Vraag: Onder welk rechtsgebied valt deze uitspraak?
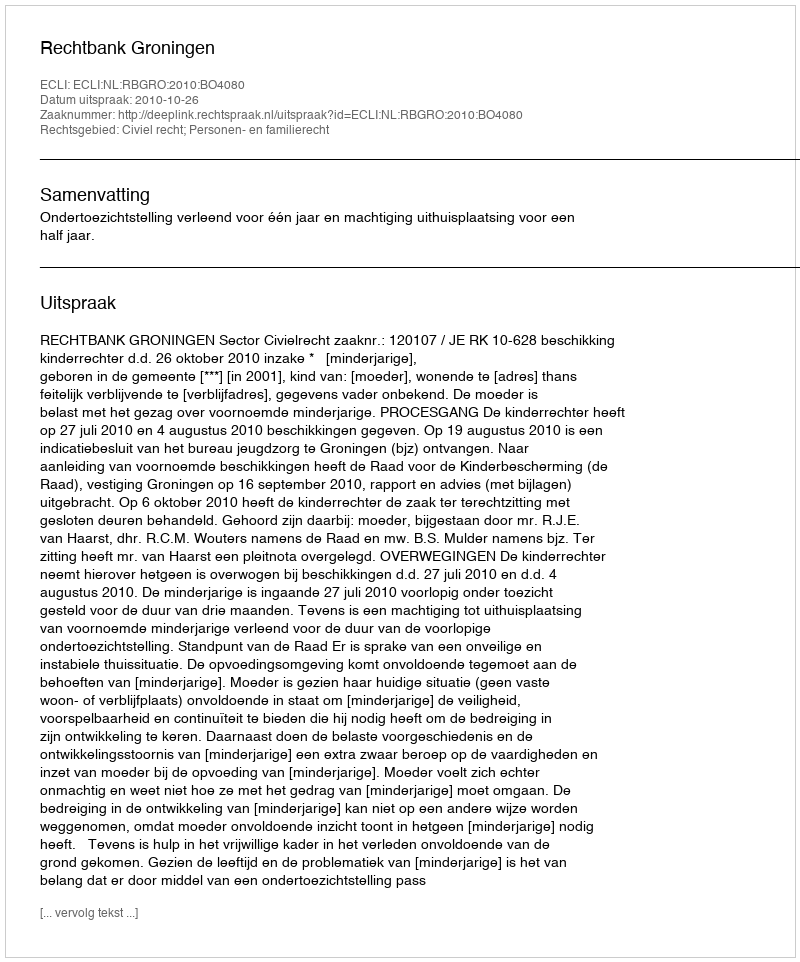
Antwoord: Civiel recht; Personen- en familierecht